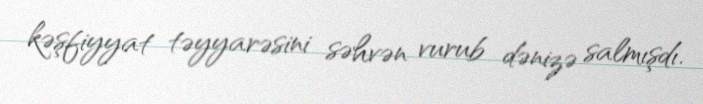
kəşfiyyat təyyarəsini səhvən vurub dənizə salmışdı.